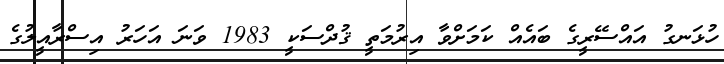
ހުޅަނގު އައްސޭރީގެ ބައެއް ކަމަށްވާ އިރުމަތީ ޤުދްސަކީ 1983 ވަނަ އަހަރު އިސްރާއީލުގެ